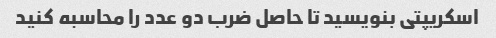
اسکریپتی بنویسید تا حاصل ضرب دو عدد را محاسبه کنید